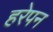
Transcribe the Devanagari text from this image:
हरेपन